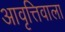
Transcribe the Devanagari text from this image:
आवृत्तिवाला